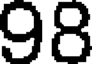
98